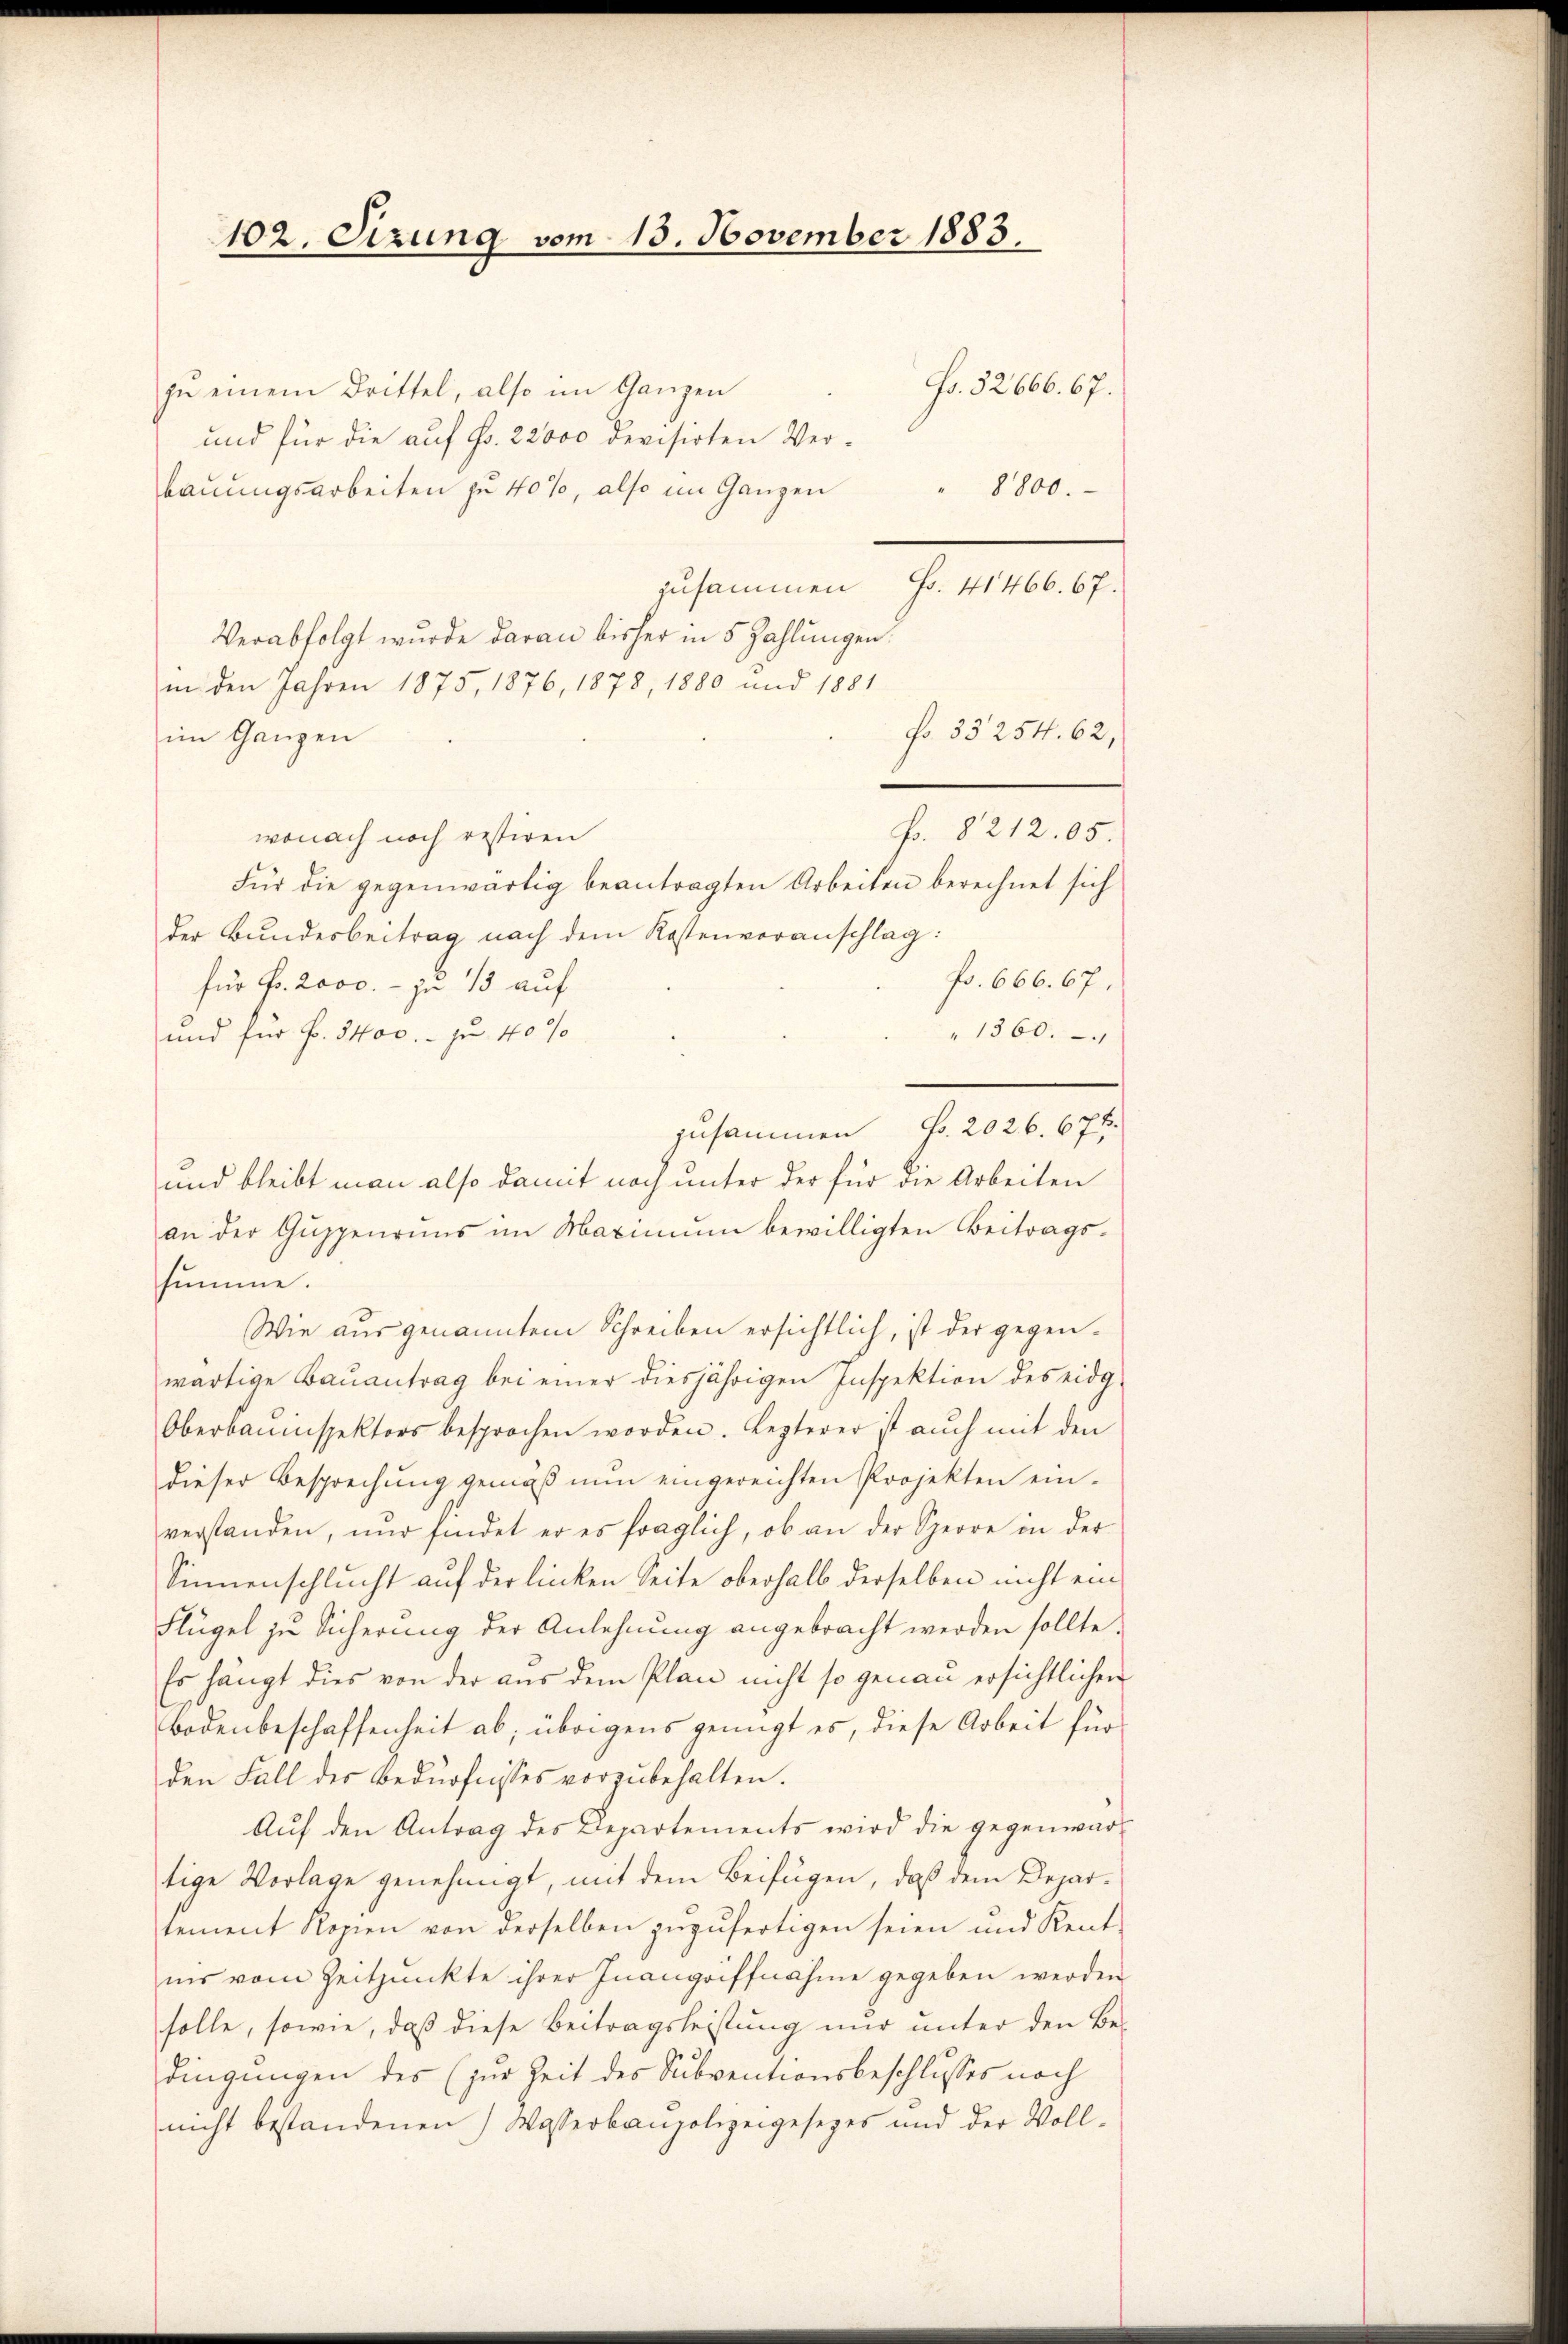
102. Sizung vom 13. November 1883.

zu einem Drittel, also im Ganzen
und für die auf Fr. 22000 devisirten Verbauungsarbeiten zu 40%, also im Ganzen
Verabfolgt wurde daran bisher in 5 Zahlungen.
in den Jahren 1875, 1876, 1878, 1880 und 1881
im Ganzen
wonach noch restiren
Für die gegenwärtig beantragten Arbeiten berechnet sich
der Bundesbeitrag nach dem Kostenveranschlag:
für Fr. 2000. - zu 15 auf
und für P. 3400.- pr 40%
zusammen Fr. 2026. 674.
und bleibt man also damit noch unter der für die Arbeiten
an der Guppenruns im Maximum bewilligten Beitragssumme.
Wie aus genanntem Schreiben ersichtlich, ist der gegenwärtige Bauantrag bei einer diesjährigen Inspektion des eidg¬
Oberbauinspektors besprochen worden. Lezterer ist auch mit den
dieser Besprechung gemäß nun eingereichten Projekten einverstanden, nur findet er es fraglich, ob an der Sperre in der
Sinnenschlucht auf der linken Seite oberhalb derselben nicht ein
Flügel zu Sicherung der Anlehnung angebracht werden sollte.
Es hängt dies von der aus dem Plan nicht so genau ersichtlichen
Bodenbeschaffenheit ab; übrigens genügt es, diese Arbeit für
den Fall des Bedürfnisses vorzubehalten.
Auf den Antrag des Departements wird die gegenwärtige Vorlage genehmigt, mit dem Beifügen, daß dem Departement Kopien von derselben zuzufertigen seien und Kent-
nis vom Zeitpunkte ihrer Inangriffnahme gegeben werden
solle, sowie, daß diese Beitragsleistung nur unter den Bedingungen des (zur Zeit des Subventionsbeschlusses noch
nicht bestandenen Wasserbaupolizeigesezes und der Voll-

8800.
zusammen Fr. 41466. 67.
No. 33254. 62,
F. 8212. 05.
f. 666. 67.
"1360.

Fo. 32666. 67.